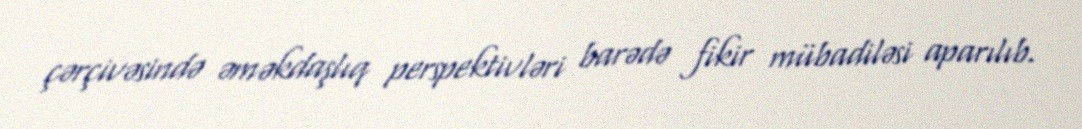
çərçivəsində əməkdaşlıq perspektivləri barədə fikir mübadiləsi aparılıb.